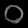
Digit: ၀